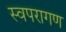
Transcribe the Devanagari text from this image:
स्वपरागण